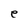
Character: e